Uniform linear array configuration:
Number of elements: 24
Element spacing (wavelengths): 0.75
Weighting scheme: kaiser
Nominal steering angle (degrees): -30
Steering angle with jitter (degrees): -31.363
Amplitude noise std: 0.05
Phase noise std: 0.05

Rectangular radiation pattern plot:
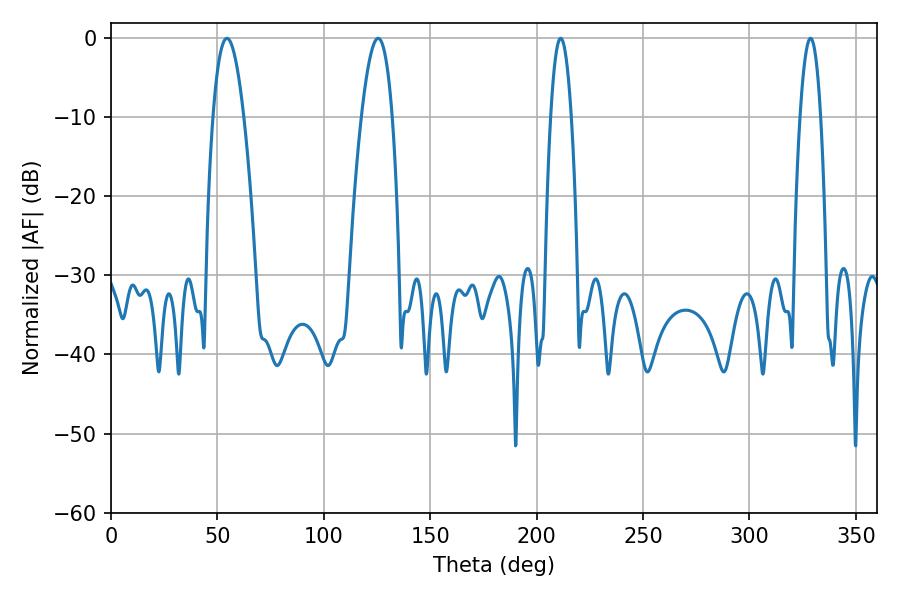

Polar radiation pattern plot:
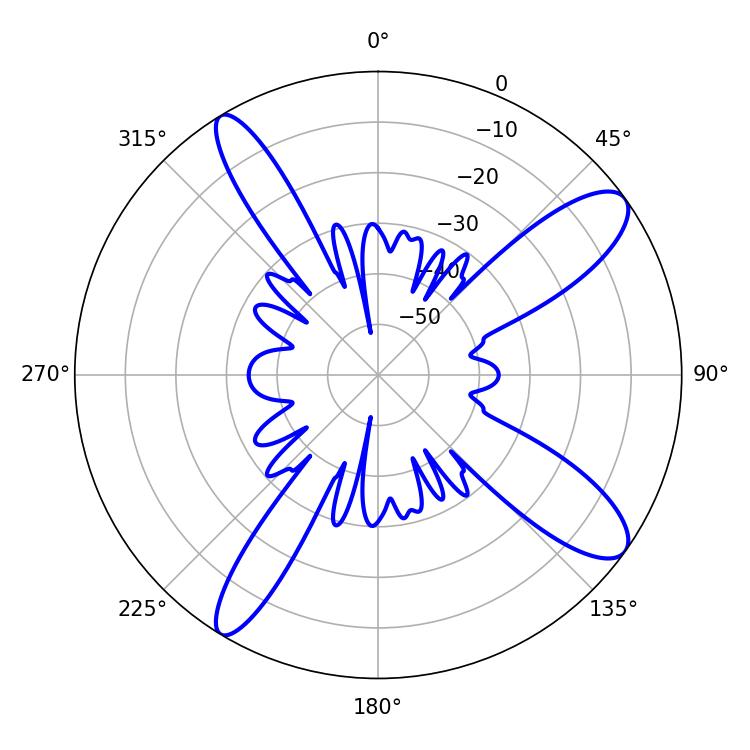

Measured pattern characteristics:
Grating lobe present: TRUE
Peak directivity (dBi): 11.569
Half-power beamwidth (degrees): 5.4
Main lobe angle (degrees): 211.32